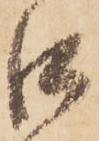
口